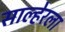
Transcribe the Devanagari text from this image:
साल्हेरला